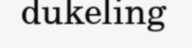
dukeling